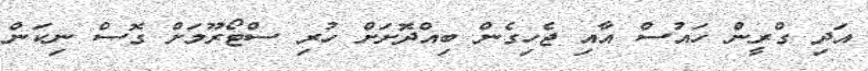
އަދި ގްރީން ހައުސް އާއި ޖެހިގެން ބިއްދޮށަށް ހުރި ސްޓޯރޫމަށް ގޮސް ނިކަން